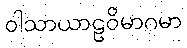
ဝါသာယာဠဝိမာဂမာ